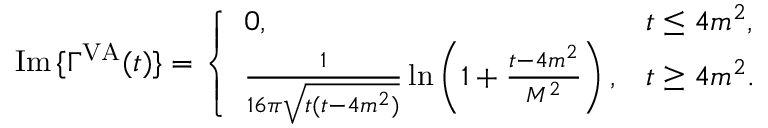
\mathrm { I m } \, \{ \Gamma ^ { \mathrm { V A } } ( t ) \} = \left\{ \begin{array} { l l } { { 0 , } } & { { t \leq 4 m ^ { 2 } , } } \\ { { \frac { 1 } { 1 6 \pi \sqrt { t ( t - 4 m ^ { 2 } ) } } \ln \left( 1 + \frac { t - 4 m ^ { 2 } } { M ^ { 2 } } \right) , } } & { { t \geq 4 m ^ { 2 } . } } \end{array} \right.